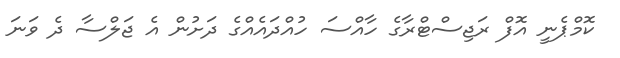
ކޮމްޕެނީ އޮފް ރަޖިސްޓްރާގެ ހާއްސަ ހުއްދައެއްގެ ދަށުން އެ ޖަލްސާ ދެ ވަނަ